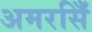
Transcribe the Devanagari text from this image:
अमरसिँ